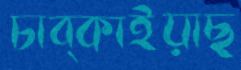
চাব্‌কাইয়াছ